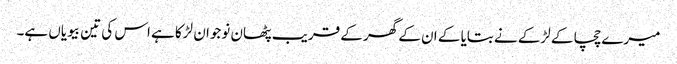
میرے چچا کے لڑکے نے بتایا کے ان کے گھر کے قریب پٹھان نوجوان لڑکا ہے اس کی تین بیویاں ہے۔